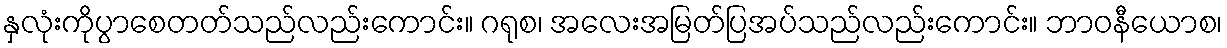
နှလုံးကိုပွာစေတတ်သည်လည်းကောင်း။ ဂရုစ၊ အလေးအမြတ်ပြအပ်သည်လည်းကောင်း။ ဘာဝနီယောစ၊